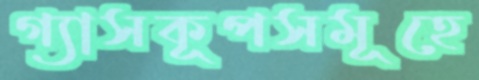
গ্যাসকূপসমূহে